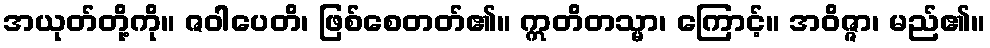
အယုတ်တို့ကို။ ဇဝါပေတိ၊ ဖြစ်စေတတ်၏။ ဣတိတသ္မာ၊ ကြောင့်။ အဝိဇ္ဇာ၊ မည်၏။